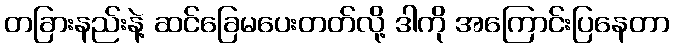
တခြားနည်းနဲ့ ဆင်ခြေမပေးတတ်လို့ ဒါကို အကြောင်းပြနေတာ